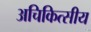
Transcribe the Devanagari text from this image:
अचिकित्सीय